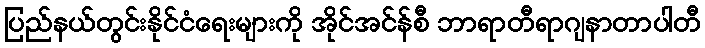
ပြည်နယ်တွင်းနိုင်ငံရေးများကို အိုင်အင်န်စီ ဘာရာတီရာဂျနာတာပါတီ